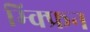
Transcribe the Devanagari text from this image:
म्क्फ्रिन